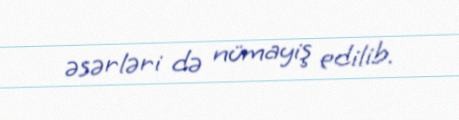
əsərləri də nümayiş edilib.